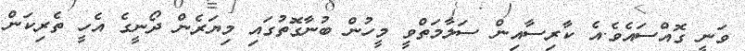
ވަނީ ގޮއްސައެވެ.އެ ކާރިސާއިން ސަލާމަތްވީ މީހުން ބުނާގޮތުގައި މިޔަރެން ދޯނީގެ އެހީ ތެރިކަން